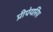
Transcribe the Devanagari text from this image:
प्रीपेयरिंग